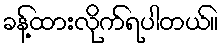
ခန့်ထားလိုက်ရပါတယ်။